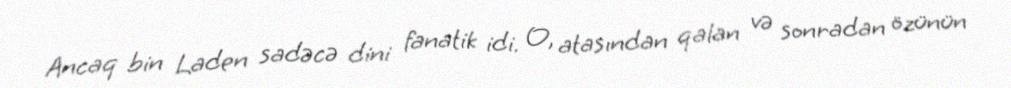
Ancaq bin Laden sadəcə dini fanatik idi. O, atasından qalan və sonradan özünün